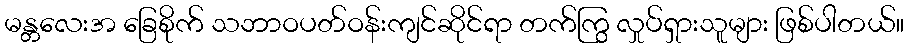
မန္တလေးအ ခြေစိုက် သဘာဝပတ်ဝန်းကျင်ဆိုင်ရာ တက်ကြွ လှုပ်ရှားသူများ ဖြစ်ပါတယ်။